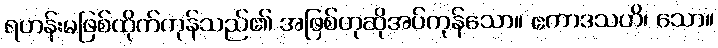
ရဟန်းမဖြစ်ထိုက်ကုန်သည်၏ အဖြစ်ဟုဆိုအပ်ကုန်သော။ ဧကာဒသဟိ၊ သော။